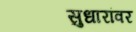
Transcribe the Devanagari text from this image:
सुधारांवर